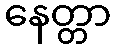
နေတ္တာ